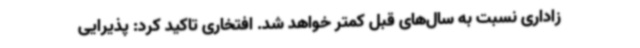
زاداری نسبت به سال‌های قبل کمتر خواهد شد. افتخاری تاکید کرد: پذیرایی